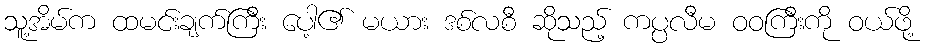
သူ့အိမ်က ထမင်းချက်ကြီး ပေါ့၏ မယား ဒစ်လစီ ဆိုသည့် ကပ္ပလီမ ဝဝကြီးကို ဝယ်ဖို့